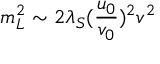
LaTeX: m _ { L } ^ { 2 } \sim 2 \lambda _ { S } ( \frac { u _ { 0 } } { v _ { 0 } } ) ^ { 2 } v ^ { 2 }